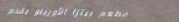
مطعم بيتزا الأورينو يقدم